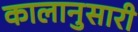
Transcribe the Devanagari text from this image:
कालानुसारी